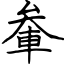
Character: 軬